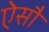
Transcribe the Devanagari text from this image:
ऐसौ